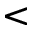
<